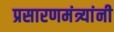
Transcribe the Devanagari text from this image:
प्रसारणमंत्र्यांनी